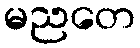
မညတေ